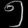
Digit: ၅